system: You are a helpful assistant.
user:
Analyze the provided spectrum to determine if it is a **S-type Star**.

- **Key Indicators for S-type Star:**

    - **(Overall Spectrum Shape):** The first and most obvious characteristic is the overall continuum (the "baseline" shape). It is **extremely "red-sloping,"** meaning the flux (light intensity) is very low on the left side (blue, ~4000-4500 Å) and rises steeply and continuously toward the right side (red, ~7000 Å+).

    - **(Primary):** The spectrum is defined by the presence of strong, broad molecular absorption "valleys" (bands) from **Zirconium Oxide (ZrO)**. The identification of these bands is the **primary requirement** for classifying a star as S-type.
        - **(Key Bandheads):** You must find distinct, deep "dips" where the light has been absorbed. The most critical band systems to locate are:
            - **~6474 Å** ($\gamma$-system): This is often the strongest and clearest ZrO feature, found in the red part of the spectrum.
            - **~5718 Å** & **~5551 Å** ($\beta$-system): A pair of prominent absorption features in the yellow-orange part of the spectrum.
            - **~4640 Å** ($\alpha$-system): A key absorption band system in the blue-green region of the spectrum.

    - **(Secondary Confirmation):** The classification is strengthened by finding additional absorption bands from other related heavy element oxides, which are expected to be present alongside ZrO.
        - **(Key Bandheads):**
            - **Yttrium Oxide (YO):** Look for absorption dips near **~4800 Å** and **~6100 Å**.
            - **Lanthanum Oxide (LaO):** Additional absorption features, particularly in the red-orange part of the spectrum, are also characteristic.

    - **(Line Profile):** The combination of the steep red continuum and these numerous, deep molecular bands (ZrO, YO, etc.) gives the entire spectrum a very **"chopped-up"** or **"bumpy"** appearance. Instead of a smooth curve, the spectrum looks as though large, wide chunks of light have been "carved out" of it at the specific wavelengths listed above.

Think first, call **spectral_visualization_tool** if needed to examine features in detail, then provide your final answer. Your response must adhere to the following strict rules:
1.  **Overall Structure:** Your response must follow the format `<think>...</think> <tool_call>...</tool_call> (if a tool is used) <answer>...</answer>`.
2.  **Tool Usage Constraint:** You may only make **one** tool call per turn.
3.  **Final Answer Format:** In the `<answer>` tag, your conclusion must be inside a `\boxed{}` command (e.g., `\boxed{YES}` or `\boxed{NO}`), followed by your justification.

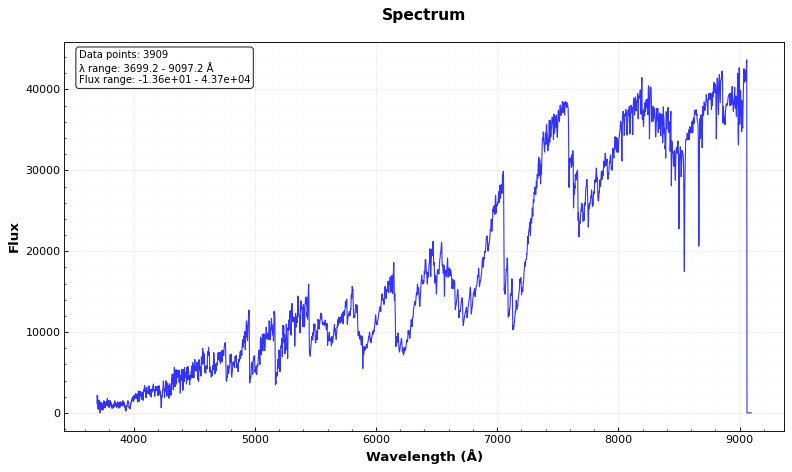
Answer: YES